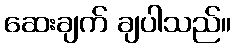
ဆေးချက် ချပါသည်။